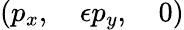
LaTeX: (p_{x},\quad\epsilon p_{y},\quad 0)